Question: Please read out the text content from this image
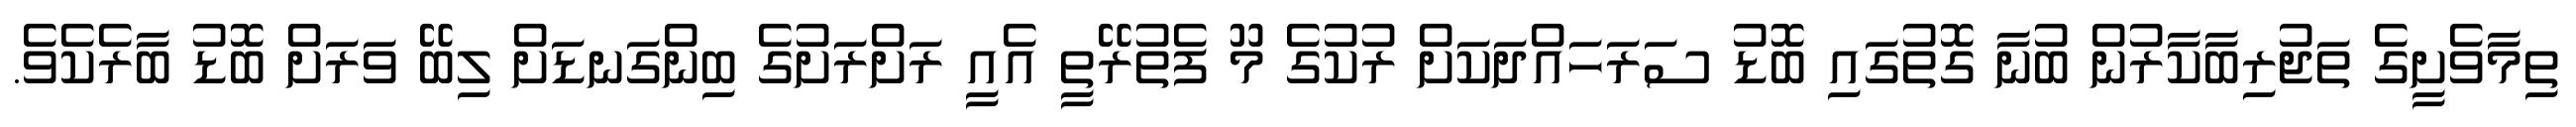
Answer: ތިމާވެށީގެ ތަޖުރިބާކާރުން ބުނާ ގޮތުގައި ބޮޑު ސަރަހައްދަކަށް ރުކުގެ މޫ ފެތުރޭތީ އެއީ ރަށްރަށުގެ ބިންގަނޑަށް ލިބޭ ވަރަށް ބޮޑު ބާރެކެވެ.